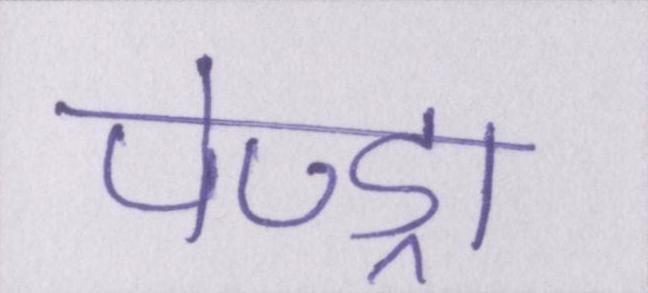
पेण्ड्रा